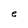
Character: e